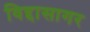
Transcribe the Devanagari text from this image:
विद्दासागर